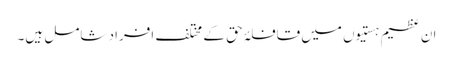
ان عظیم ہستیوں میں قافلۂ حق کے مختلف افراد شامل ہیں۔